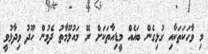
މި ވާހަކަތަކާއި ގުޅިގެން ބައެއް މީޑިއާތަކަށް ރޭ މައުލޫމާތު ދެމުން ހޫދު ވިދާޅުވީ